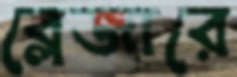
ব্লেজারে